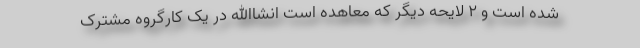
شده است و ۲ لایحه دیگر که معاهده است انشاالله در یک کارگروه مشترک